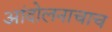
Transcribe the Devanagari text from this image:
आंदोलनाचाच